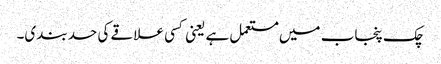
چک پنجاب میں مستعمل ہے یعنی کسی علاقے کی حد بندی۔